Indian journal of veterinary science and animal husbandry - Volume 1,
Year: 1931
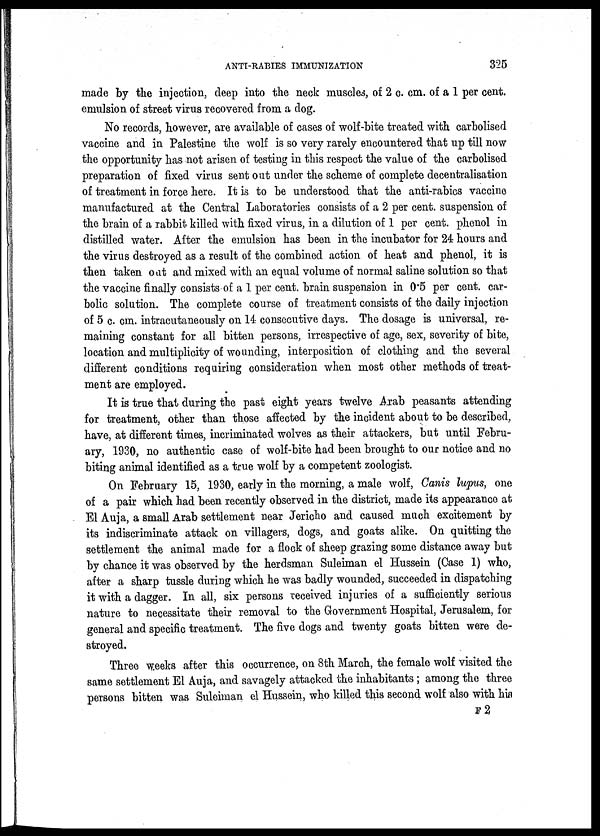
ANTI-RABIES IMMUNIZATION
325
made by the injection, deep into the neck muscles, of 2 c. cm. of a 1 per cent.
emulsion of street virus recovered from a dog.
No records, however, are available of cases of wolf-bite treated with carbolised
vaccine and in Palestine the wolf is so very rarely encountered that up till now
the opportunity has not arisen of testing in this respect the value of the carbolised
preparation of fixed virus sent out under the scheme of complete decentralisation
of treatment in force here. It is to be understood that the anti-rabics vaccine
manufactured at the Central Laboratories consists of a 2 per cent. suspension of
the brain of a rabbit killed with fixed virus, in a dilution of 1 per cent. phenol in
distilled water. After the emulsion has been in the incubator for 24 hours and
the virus destroyed as a result of the combined action of heat and phenol, it is
then taken out and mixed with an equal volume of normal saline solution so that
the vaccine finally consists of a 1 per cent. brain suspension in 0.5 per cent. car-
bolic solution. The complete course of treatment consists of the daily injection
of 5 c. cm. intracutaneously on 14 consecutive days. The dosage is universal, re-
maining constant for all bitten persons, irrespective of age, sex, severity of bite,
location and multiplicity of wounding, interposition of clothing and the several
different conditions requiring consideration when most other methods of treat-
ment are employed.
It is true that during the past eight years twelve Arab peasants attending
for treatment, other than those affected by the incident about to be described,
have, at different times, incriminated wolves as their attackers, but until Febru-
ary, 1930, no authentic case of wolf-bite had been brought to our notice and no
biting animal identified as a true wolf by a competent zoologist.
On February 15, 1930, early in the morning, a male wolf, Canis lupus, one
of a pair which had been recently observed in the district, made its appearance; at
El Auja, a small Arab settlement near Jericho and caused much excitement by
its indiscriminate attack on villagers, dogs, and goats alike. On quitting the
settlement the animal made for a flock of sheep grazing some distance away but
by chance it was observed by the herdsman Suleiman el Hussein (Case 1) who,
after a sharp tussle during which he was badly wounded, succeeded in dispatching
it with a dagger. In all, six persons received injuries of a sufficiently serious
nature to necessitate their removal to the Government Hospital, Jerusalem, for
general and specific treatment. The five dogs and twenty goats bitten were de-
stroyed.
Three weeks after this occurrence, on 8th March, the female wolf visited the
same settlement El Auja, and savagely attacked the inhabitants; among the three
persons bitten was Suleiman el Hussein, who killed this second wolf also with his
F 2